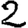
Digit: 2